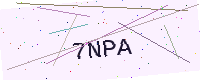
Text: 7NPA